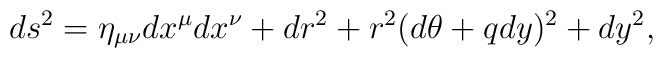
ds^2 = \eta_{\mu\nu}dx^\mu dx^\nu + dr^2 + r^2(d\theta+qdy)^2 + dy^2,